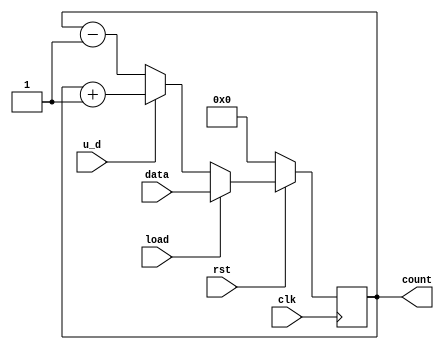
/*** Behavioral Up-Down Counter ***/
module counter_u_d (count, clk, rst, u_d, load, data);
    input clk, rst, u_d, load;
    input [7:0]data;
    output [7:0]count;
    reg [7:0]count_temp;

    always@(posedge clk)
        if(!rst)
            count_temp <= 8'd0;
        else if(load)
            count_temp <= data;
        else if(u_d)
            count_temp <= count_temp + 1;
        else 
            count_temp <= count_temp - 1;
    
    assign count = count_temp;
endmodule